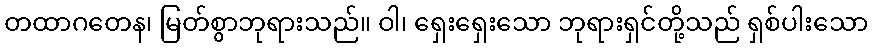
တထာဂတေန၊ မြတ်စွာဘုရားသည်။ ဝါ၊ ရှေးရှေးသော ဘုရားရှင်တို့သည် ရှစ်ပါးသော